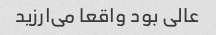
عالی بود واقعا می‌ارزید